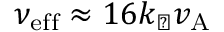
\nu _ { \mathrm { e f f } } \approx 1 6 k _ { \perp } v _ { \mathrm { A } }